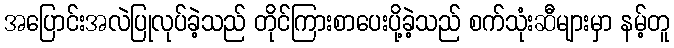
အပြောင်းအလဲပြုလုပ်ခဲ့သည် တိုင်ကြားစာပေးပို့ခဲ့သည် စက်သုံးဆီများမှာ နမ့်တူ